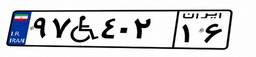
۶۶W۶۴۸۳۸